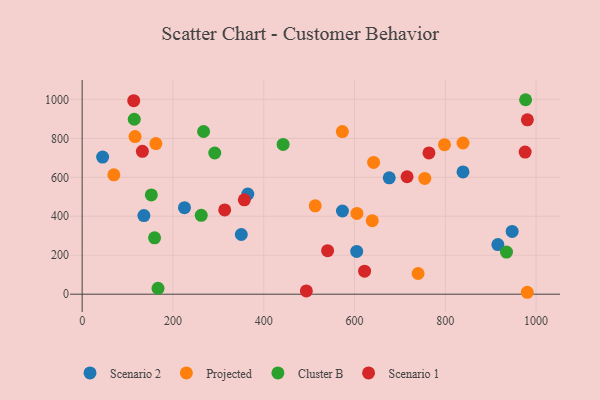
{"axis": {"x": "Ad Spend", "y": "Sales"}, "legend": ["Cluster B", "Projected", "Scenario 1", "Scenario 2"], "data": [{"x": "915.8", "y": 255.0, "type": "Scenario 2"}, {"x": "45.1", "y": 703.7, "type": "Scenario 2"}, {"x": "350.6", "y": 306.5, "type": "Scenario 2"}, {"x": "225.4", "y": 444.3, "type": "Scenario 2"}, {"x": "136.0", "y": 403.5, "type": "Scenario 2"}, {"x": "947.3", "y": 322.0, "type": "Scenario 2"}, {"x": "839.0", "y": 627.5, "type": "Scenario 2"}, {"x": "573.4", "y": 427.1, "type": "Scenario 2"}, {"x": "676.5", "y": 597.6, "type": "Scenario 2"}, {"x": "364.9", "y": 514.1, "type": "Scenario 2"}, {"x": "604.8", "y": 219.5, "type": "Scenario 2"}, {"x": "798.2", "y": 767.8, "type": "Projected"}, {"x": "162.4", "y": 773.4, "type": "Projected"}, {"x": "740.0", "y": 106.3, "type": "Projected"}, {"x": "116.5", "y": 809.0, "type": "Projected"}, {"x": "839.0", "y": 776.1, "type": "Projected"}, {"x": "69.8", "y": 612.8, "type": "Projected"}, {"x": "513.4", "y": 453.8, "type": "Projected"}, {"x": "642.0", "y": 676.6, "type": "Projected"}, {"x": "754.8", "y": 594.1, "type": "Projected"}, {"x": "639.1", "y": 377.3, "type": "Projected"}, {"x": "573.2", "y": 834.9, "type": "Projected"}, {"x": "980.6", "y": 9.9, "type": "Projected"}, {"x": "605.3", "y": 414.6, "type": "Projected"}, {"x": "976.9", "y": 998.3, "type": "Cluster B"}, {"x": "292.1", "y": 724.9, "type": "Cluster B"}, {"x": "167.1", "y": 30.3, "type": "Cluster B"}, {"x": "159.5", "y": 289.5, "type": "Cluster B"}, {"x": "262.3", "y": 405.1, "type": "Cluster B"}, {"x": "934.8", "y": 216.4, "type": "Cluster B"}, {"x": "152.4", "y": 509.5, "type": "Cluster B"}, {"x": "442.7", "y": 768.7, "type": "Cluster B"}, {"x": "114.8", "y": 898.1, "type": "Cluster B"}, {"x": "267.5", "y": 835.2, "type": "Cluster B"}, {"x": "540.7", "y": 223.2, "type": "Scenario 1"}, {"x": "314.0", "y": 432.8, "type": "Scenario 1"}, {"x": "975.9", "y": 729.8, "type": "Scenario 1"}, {"x": "764.0", "y": 725.2, "type": "Scenario 1"}, {"x": "622.2", "y": 118.1, "type": "Scenario 1"}, {"x": "715.8", "y": 602.9, "type": "Scenario 1"}, {"x": "132.7", "y": 733.2, "type": "Scenario 1"}, {"x": "113.6", "y": 993.6, "type": "Scenario 1"}, {"x": "980.8", "y": 895.0, "type": "Scenario 1"}, {"x": "357.3", "y": 484.4, "type": "Scenario 1"}, {"x": "493.9", "y": 16.6, "type": "Scenario 1"}]}